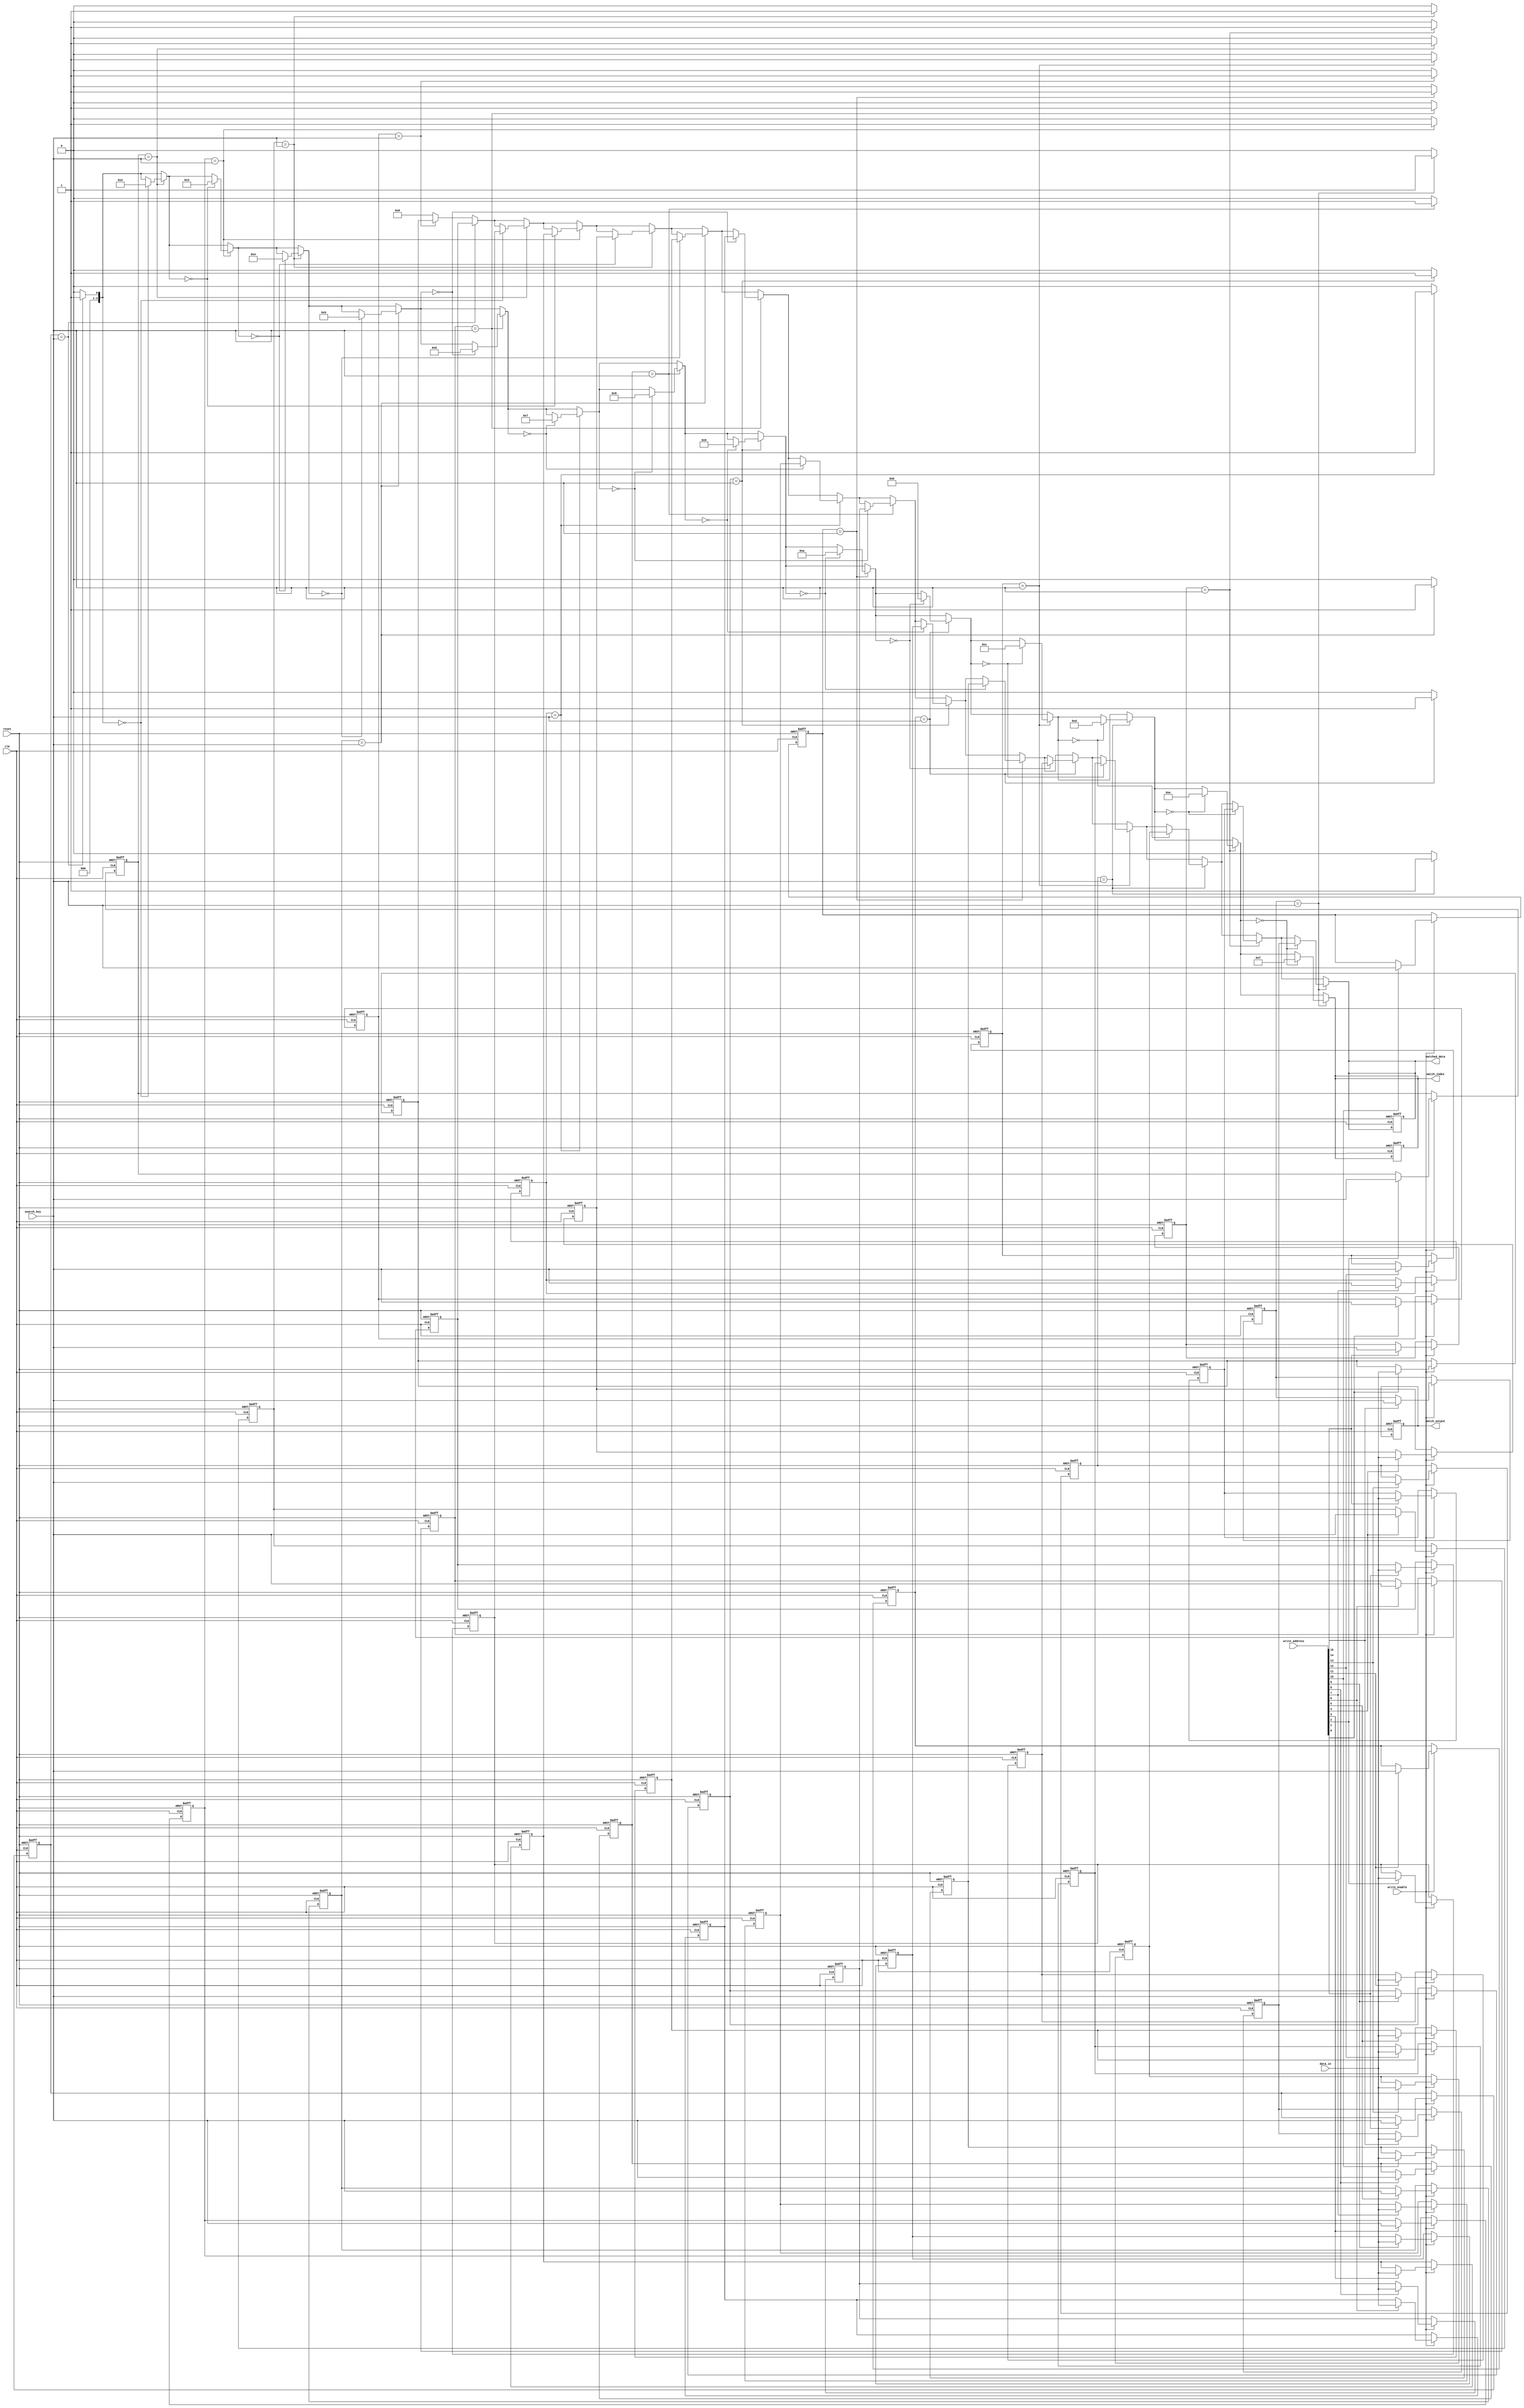
module CAM #(
    parameter DATA_WIDTH = 8,      // Width of the data stored
    parameter TAG_WIDTH = 8,       // Width of the tags
    parameter NUM_ENTRIES = 16     // Number of entries in the CAM
)(
    input wire [TAG_WIDTH-1:0] search_key, // Input search key
    input wire write_enable,                 // Write enable signal
    input wire [DATA_WIDTH-1:0] data_in,    // Data to be written
    input wire [NUM_ENTRIES-1:0] write_address, // Address to write data
    input wire clk,                          // Clock signal
    input wire reset,                        // Reset signal
    output reg [NUM_ENTRIES-1:0] match_output, // Match output signal
    output reg [DATA_WIDTH-1:0] matched_data, // Data associated with highest priority match
    output reg [3:0] match_index            // Index of the highest priority match
);

    // Memory arrays for tags and data
    reg [TAG_WIDTH-1:0] tags [0:NUM_ENTRIES-1];
    reg [DATA_WIDTH-1:0] data_array [0:NUM_ENTRIES-1];

    integer i;

    // Reset logic
    always @(posedge clk or posedge reset) begin
        if (reset) begin
            // Clear all entries
            for (i = 0; i < NUM_ENTRIES; i = i + 1) begin
                tags[i] <= {TAG_WIDTH{1'b0}};
                data_array[i] <= {DATA_WIDTH{1'b0}};
            end
            match_output <= {NUM_ENTRIES{1'b0}};
            matched_data <= {DATA_WIDTH{1'b0}};
            match_index <= 4'b0000;
        end else if (write_enable) begin
            // Write data to the specified address
            for (i = 0; i < NUM_ENTRIES; i = i + 1) begin
                if (write_address[i]) begin
                    tags[i] <= search_key; // Store search key as tag
                    data_array[i] <= data_in; // Store data
                end
            end
        end
    end

    // Search operation
    always @(*) begin
        match_output = {NUM_ENTRIES{1'b0}};
        matched_data = {DATA_WIDTH{1'b0}};
        match_index = 4'b0000;

        // Compare search key with all tags
        for (i = 0; i < NUM_ENTRIES; i = i + 1) begin
            if (tags[i] == search_key) begin
                match_output[i] = 1'b1; // Mark this entry as a match
                // Check for the highest priority match
                if (match_index == 4'b0000) begin
                    match_index = i; // Set first match index
                    matched_data = data_array[i]; // Get corresponding data
                end
            end
        end
    end

endmodule